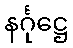
နင်္ဂုဋ္ဌေ